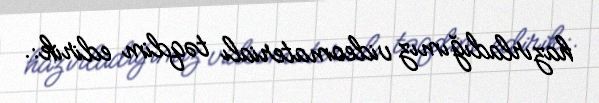
hazırladığımız videomaterialı təqdim edirik:.